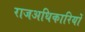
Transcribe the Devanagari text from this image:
राजअधिकारियों